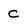
Character: C